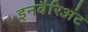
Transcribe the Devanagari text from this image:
इनवैरिअंट